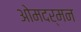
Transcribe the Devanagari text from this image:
ओमदर्मन